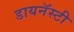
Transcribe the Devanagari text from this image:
डायनॅस्टी